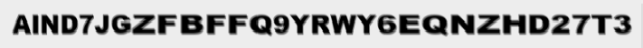
AIND7JGZFBFFQ9YRWY6EQNZHD27T3